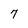
Character: 7